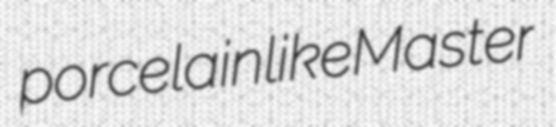
porcelainlike Master